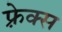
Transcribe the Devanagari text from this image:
फ़्रेक्स